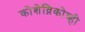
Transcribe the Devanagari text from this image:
कोशेव्निकोव्ही